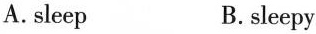
A.sleep B.sleepy